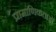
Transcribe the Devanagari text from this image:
प्रामाणिकताओं